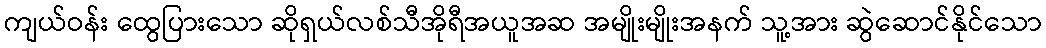
ကျယ်ဝန်း ထွေပြားသော ဆိုရှယ်လစ်သီအိုရီအယူအဆ အမျိုးမျိုးအနက် သူ့အား ဆွဲဆောင်နိုင်သော